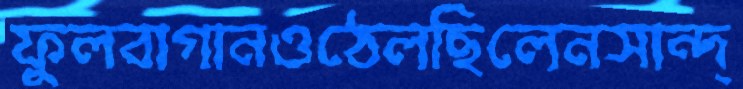
ফুলবাগানওঠেলছিলেনসান্দ্